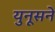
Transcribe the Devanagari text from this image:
युनूसने